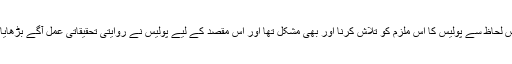
اس لحاظ سے پولیس کا اس ملزم کو تلاش کرنا اور بھی مشکل تھا اور اس مقصد کے لیے پولیس نے روایتی تحقیقاتی عمل آگے بڑھایا ۔